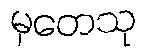
မုတေသု